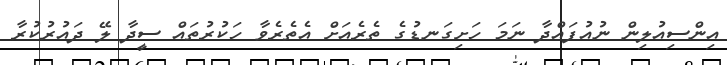
އިންސިއުލިން ނުއުފައްދާ ނަމަ ހަށިގަނޑުގެ ތެރެއަށް އެތެރެވާ ހަކުރުތައް ސީދާ ލޭ ދައުރުކުރާ